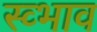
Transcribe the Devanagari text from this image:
स्व्भाव